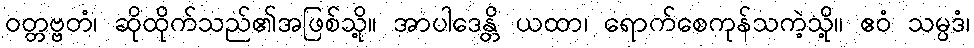
ဝတ္တဗ္ဗတံ၊ ဆိုထိုက်သည်၏အဖြစ်သို့။ အာပါဒေန္တိ ယထာ၊ ရောက်စေကုန်သကဲ့သို့။ ဧဝံ သမ္ပဒံ၊